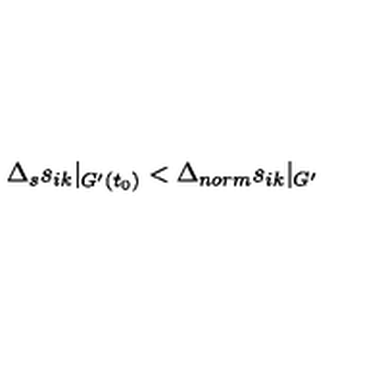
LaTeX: \Delta _ { s } s _ { i k } | _ { G ^ { \prime } ( t _ { 0 } ) } < \Delta _ { n o r m } s _ { i k } | _ { G ^ { \prime } }